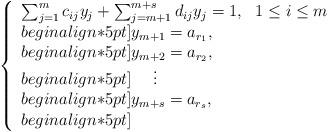
LaTeX: \begin{align*}\left\{ \begin{array}{ll} \sum_{j=1}^m c_{ij}y_j+\sum_{j=m+1}^{m+s}d_{ij}y_j=1, & 1\leq i\leq m\\begin{align*}5pt] y_{m+1}=a_{r_1}, & \\begin{align*}5pt] y_{m+2}=a_{r_2}, & \\begin{align*}5pt]\ \ \ \ \vdots &\\begin{align*}5pt] y_{m+s}=a_{r_s}, & \\begin{align*}5pt] \end{array}\right.\end{align*}